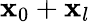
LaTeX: \textbf{x}_{0}+\textbf{x}_{l}